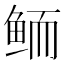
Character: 鲕